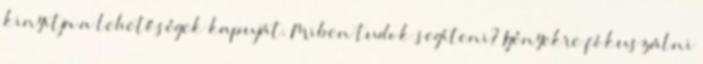
kinyitja a lehetőségek kapuját. Miben tudok segíteni? Igényekre fókuszálni